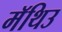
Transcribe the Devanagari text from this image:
मॅथिउ